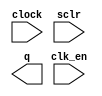
module counter64 (
	clk_en,
	clock,
	sclr,
	q);

	input	  clk_en;
	input	  clock;
	input	  sclr;
	output	[5:0]  q;

endmodule